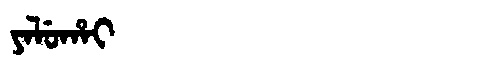
Manchu: ᠶᠠᠯᡠᡥᠠᡳ
Romanization: YALUHAI